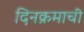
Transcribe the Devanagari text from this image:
दिनक्रमाची